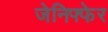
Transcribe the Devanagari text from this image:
जेनिफ्फेर